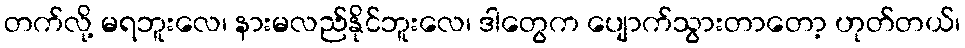
တက်လို့ မရဘူးလေ၊ နားမလည်နိုင်ဘူးလေ၊ ဒါတွေက ပျောက်သွားတာတော့ ဟုတ်တယ်၊